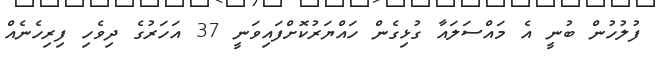
ފުލުހުން ބުނީ އެ މައްސަލައާ ގުޅިގެން ހައްޔަރުކޮށްފައިވަނީ 37 އަހަރުގެ ދިވެެހި ފިރިހެނެއް